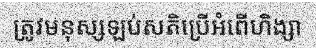
ត្រូវមនុស្សឡប់សតិប្រើអំពើហិង្សា